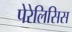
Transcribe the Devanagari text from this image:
पेरेलिसिस